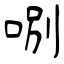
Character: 哵